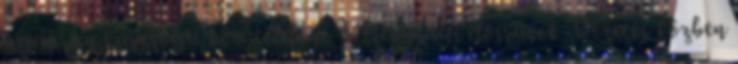
gyakran kapcsolja ki a telefont Biztonsági előírások Vezetés közben